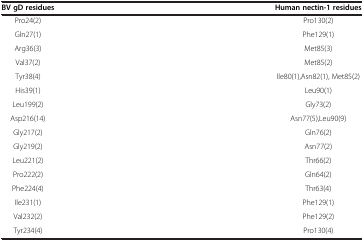
| BV gD residues | Human nectin-1 residues |
 | --- | --- |
 | Pro24(2) | Pro130(2) |
 | Gln27(1) | Phe129(1) |
 | Arg36(3) | Met85(3) |
 | Val37(2) | Met85(2) |
 | Tyr38(4) | Ile80(1),Asn82(1), Met85(2) |
 | His39(1) | Leu90(1) |
 | Leu199(2) | Gly73(2) |
 | Asp216(14) | Asn77(5),Leu90(9) |
 | Gly217(2) | Gln76(2) |
 | Gly219(2) | Asn77(2) |
 | Leu221(2) | Thr66(2) |
 | Pro222(2) | Gln64(2) |
 | Phe224(4) | Thr63(4) |
 | Ile231(1) | Phe129(1) |
 | Val232(2) | Phe129(2) |
 | Tyr234(4) | Pro130(4) |